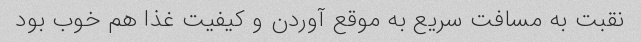
نقبت به مسافت سریع به موقع آوردن و کیفیت غذا هم خوب بود